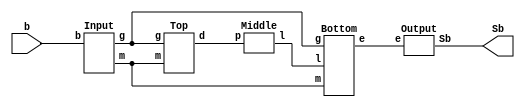
module sbox(b, Sb);
    input[7:0] b;
    output[7:0] Sb;
    wire[7:0] g;
    wire[9:0] m;
    wire[3:0] p,l;
    wire[17:0] e;
    Input M1(b, g, m);
    Top M2(g, m, p);
    Middle M3(p, l);
    Bottom M4(g, m, l, e);
    Output M5(e, Sb);
endmodule
/* Gates implemented as modules to prevent unintentional optimization of the DC */
module XOR(t, a, b);
    output t;
    input a,
    b;
    xor(t, a, b);
endmodule
module XNOR(t, a, b);
    output t;
    input a,
    b;
    xnor(t, a, b);
endmodule
module NAND(t, a, b);
    output t;
    input a,
    b;
    nand(t, a, b);
endmodule
module NOR(t, a, b);
    output t;
    input a,
    b;
    nor(t, a, b);
endmodule
/* input matrix */
module Input(b, g, m);
    input[7:0] b;
    output[7:0] g;
    output[9:0] m;
    wire t1,
        t2,
        t3,
        t4,
        t5,
        t6,
        t7,
        t8,
        t9,
        t10,
        t11,
        t12,
        t13,
        t14,
        t15,
        t16,
        t17;
    XOR m1(t1, b[7], b[5]);
    XNOR m2(t2, b[5], b[1]);
    XNOR m3(t3, b[0], t2);
    XOR m4(t4, b[6], b[2]);
    XOR m5(t5, b[3], t3);
    XOR m6(t6, b[4], t1);
    XOR m7(t7, b[1], t5);
    XOR m8(t8, b[1], t4);
    XOR m9(t9, t6, t8);
    XOR m10(t10, t6, t7);
    XNOR m11(t11, b[3], t1);
    XNOR m12(t12, b[6], t9);
    XOR m13(t13, t4, t10);
    XOR m14(t14, t2, t11);
    XOR m15(t15, t12, t14);
    XOR m16(t16, t3, t12);
    XOR m17(t17, t11, t16);
    assign g = {t15, t14, ~b[0], t2, t5, t13, t7, t10};
    assign m = {t12, t9, t17, b[1], t11, t4, t16, t8, t3, t6};
endmodule
/* top part: GF(2^4) multiplier and GF(2^4) square -scaler */
module Top(g, m, d);
    input[7:0] g;
    input[9:0] m;
    output[3:0] d;
    wire t1,
        t2,
        t3,
        t4,
        t5,
        t6,
        t7,
        t8,
        t9,
        t10,
        t11,
        t12,
        t13,
        t14,
        t15,
        t16,
        t17,
        t18,
        t19,
        t20,
        t21,
        t22,
        t23,
        t24;
    NAND m1(t1, g[5], g[1]);
    NAND m2(t2, m[1], m[0]);
    NAND m3(t3, g[4], g[0]);
    NAND m4(t4, g[7], g[3]);
    NAND m5(t5, m[9], m[8]);
    NOR m6(t6, g[6], g[2]);
    NOR m7(t7, g[7], g[3]);
    NOR m8(t8, m[9], m[8]);
    NOR m9(t9, m[7], m[6]);
    NAND m10(t10, m[3], m[2]);
    NAND m11(t11, m[5], m[4]);
    NOR m12(t12, m[3], m[2]);
    XOR m13(t13, t1, t2);
    XOR m14(t14, t3, t2);
    XOR m15(t15, t4, t13);
    XOR m16(t16, t5, t14);
    XOR m17(t17, t9, t10);
    XOR m18(t18, t11, t12);
    XOR m19(t19, t6, t15);
    XOR m20(t20, t7, t16);
    XOR m21(t21, t19, t17);
    XOR m22(t22, t20, t18);
    XOR m23(t23, t8, t15);
    XOR m24(t24, t6, t16);
    assign d[3] = t21;
    assign d[2] = t22;
    assign d[1] = t23;
    assign d[0] = t24;
endmodule

/* middle part: GF(2^4) inverse */
module Middle(p, l);
    input[3:0] p;
    output[3:0] l;
    wire t1,
        t2,
        t3,
        t4,
        t5,
        t6,
        t7,
        t8,
        t9,
        t10,
        t11,
        t12,
        t13,
        t14,
        t15;
    NAND m1(t1, p[3], p[0]);
    NOR m2(t2, t1, p[2]);
    NAND m3(t3, p[2], p[0]);
    XOR m4(t4, p[1], t3);
    NOR m5(t5, p[2], t4);
    NAND m6(t6, p[1], t4);
    NOR m7(t7, p[3], t4);
    NOR m8(t8, t7, t2);
    XNOR m9(t9, t5, t7);
    XNOR m10(t10, t9, p[3]);
    NAND m11(t11, t6, t8);
    NAND m12(t12, t8, p[1]);
    XNOR m13(t13, p[0], t12);
    NAND m14(t14, t1, p[2]);
    NAND m15(t15, t9, t14);
    assign l[3] = t13;
    assign l[2] = t11;
    assign l[1] = t15;
    assign l[0] = t10;
endmodule

/* bottom part: GF(2^4) multipliers */
module Bottom(g, m, l, e);
    input[7:0] g;
    input[9:0] m;
    input[3:0] l;
    output[17:0] e;
    wire k4,
        k3,
        k2,
        k1,
        k0;
    XOR m1(k4, l[3], l[2]);
    XOR m2(k3, l[3], l[1]);
    XOR m3(k2, l[2], l[0]);
    XOR m4(k1, k3, k2);
    XOR m5(k0, l[1], l[0]);
    NAND m6(e[17], g[2], l[2]);
    NAND m7(e[16], g[3], l[3]);
    NAND m8(e[15], m[8], k4);
    NAND m9(e[14], m[2], k1);
    NAND m10(e[13], m[4], k2);
    NAND m11(e[12], m[6], k3);
    NAND m12(e[11], g[0], l[0]);
    NAND m13(e[10], g[1], l[1]);
    NAND m14(e[9], m[0], k0);
    NAND m15(e[8], g[6], l[2]);
    NAND m16(e[7], g[7], l[3]);
    NAND m17(e[6], m[9], k4);
    NAND m18(e[5], m[3], k1);
    NAND m19(e[4], m[5], k2);
    NAND m20(e[3], m[7], k3);
    NAND m21(e[2], g[4], l[0]);
    NAND m22(e[1], g[5], l[1]);

    NAND m23(e[0], m[1], k0);
endmodule

/* output matrix */
module Output(e, Sb);
    input[17:0] e;
    output[7:0] Sb;
    wire E11,
        E10,
        E9,
        E8,
        E7,
        E6,
        E5,
        E4,
        E3,
        E2,
        E1,
        E0;
    wire t1,
        t2,
        t3,
        t4,
        t5,
        t6,
        t7,
        t8,
        t9,
        t10,
        t11,
        t12,
        t13,
        t14,
        t15,
        t16;
    XOR m1(E11, e[17], e[16]);
    XOR m2(E10, e[15], e[16]);
    XOR m3(E9, e[14], e[13]);
    XOR m4(E8, e[12], e[13]);
    XOR m5(E7, e[11], e[10]);
    XOR m6(E6, e[9], e[10]);
    XOR m7(E5, e[8], e[7]);
    XOR m8(E4, e[6], e[7]);
    XOR m9(E3, e[5], e[4]);
    XOR m10(E2, e[3], e[4]);
    XOR m11(E1, e[2], e[1]);
    XOR m12(E0, e[0], e[1]);
    XOR m13(t1, E9, E7);
    XOR m14(t2, E1, t1);
    XOR m15(t3, E3, t2);
    XOR m16(t4, E5, E3);
    XOR m17(t5, E4, t4);
    XOR m18(t6, E4, E0);
    XOR m19(t7, E11, E7);
    XOR m20(t8, t1, t4);
    XOR m21(t9, t1, t6);
    XOR m22(t10, E2, t5);
    XOR m23(t11, E10, E8);
    XNOR m24(t12, t3, t11);
    XOR m25(t13, t10, t12);
    XNOR m26(t14, t3, t7);
    XNOR m27(t15, E10, E6);
    XOR m28(t16, t6, t14);
    assign Sb = {t15, t13, t8, t14, t11, t9, t12, t16};
endmodule